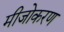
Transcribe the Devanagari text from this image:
मीजोकरण